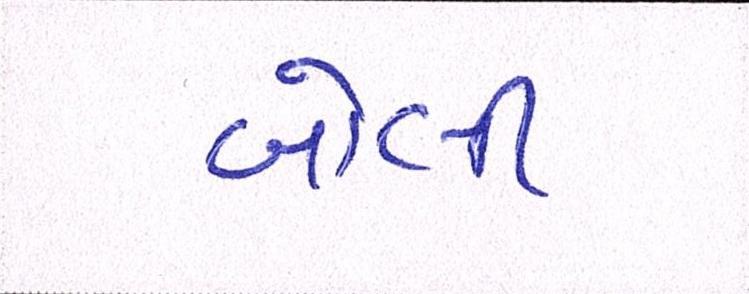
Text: બોલી